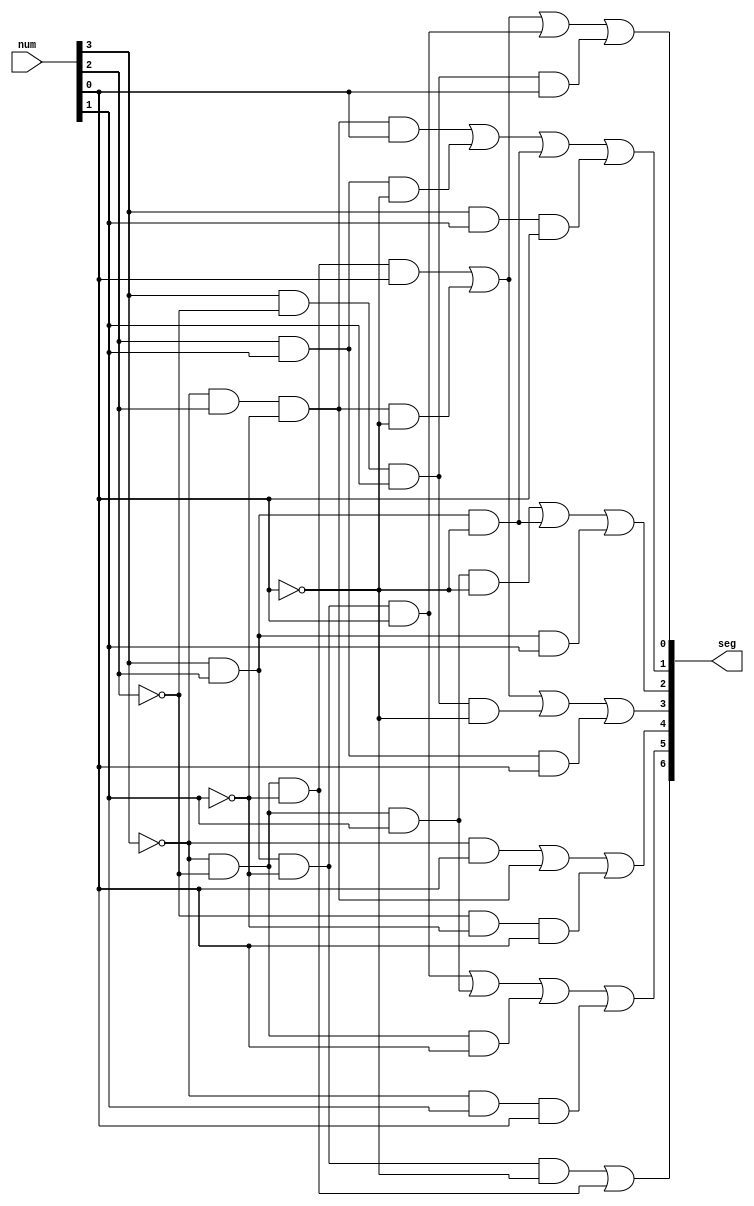
`timescale 1ns / 1ps
//////////////////////////////////////////////////////////////////////////////////
// Company: 
// Engineer: 
// 
// Design Name: 
// Module Name: sevenSegDec
// Project Name: 
// Target Devices: 
// Tool Versions: 
// Description: 
// 
// Dependencies: 
// 
// Revision:
// Revision 0.01 - File Created
// Additional Comments:
// 
//////////////////////////////////////////////////////////////////////////////////


module sevenSegDec(
input [3:0] num,
output [6:0] seg
    );
    assign seg[0] = (~num[3]&~num[2]&~num[1]&num[0]) | (~num[3]&num[2]&~num[1]&~num[0]) | (num[3]&num[2]&~num[1]&num[0]) | (num[3]&~num[2]&num[1]&num[0]);
    assign seg[1] = (~num[3]&num[2]&~num[1]&num[0]) | (num[2]&num[1]&~num[0]) | (num[3]&num[2]&~num[0]) | (num[3]&num[1]&num[0]);
    assign seg[2] = (~num[3]&~num[2]&num[1]&~num[0]) | (num[3]&num[2]&~num[0]) | (num[3]&num[2]&num[1]);
    assign seg[3] = (~num[3]&~num[2]&~num[1]&num[0]) | (~num[3]&num[2]&~num[1]&~num[0]) | (num[3]&~num[2]&num[1]&~num[0]) | (num[2]&num[1]&num[0]);
    assign seg[4] = (~num[3]&num[0]) | (~num[3]&num[2]&~num[1]) | (~num[2]&~num[1]&num[0]);
    assign seg[5] = (num[3]&num[2]&~num[1]&num[0]) | (~num[3]&~num[2]&num[1]) | (~num[3]&~num[2]&num[0]) | (~num[3]&num[1]&num[0]);
    assign seg[6] = (num[3]&num[2]&~num[1]&~num[0]) | (~num[3]&~num[2]&~num[1]);
endmodule